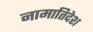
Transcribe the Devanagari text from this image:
नामातिदेश